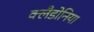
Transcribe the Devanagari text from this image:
क्लैडोनिया